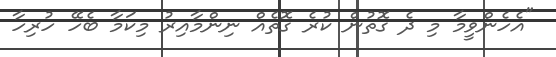
"އެހެންވީމާ މި ދެ ގޮތުން ކުރެ ގޮތެއް ނިންމާއިރު މިކަމާ ބެހޭ ހުރިހާ